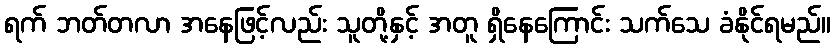
ရက် ဘတ်တလာ အနေဖြင့်လည်း သူတို့နှင့် အတူ ရှိနေကြောင်း သက်သေ ခံနိုင်ရမည်။